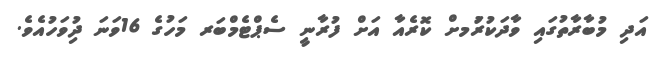
އަދި މުބާރާތުގައި ވާދަކުރުަމށް ކޮރެއާ އަށް ފުރާނީ ސެޕްޓެމްބަރ މަހުގެ 16ވަނަ ދުިވަހުއެވެ.